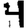
Digit: 4